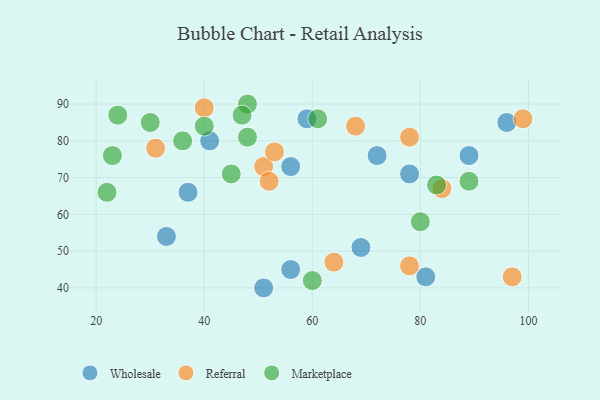
{"axis": {"x": "GDP", "y": "Life Expectancy"}, "legend": ["Marketplace", "Referral", "Wholesale"], "data": [{"x": "59", "y": 86, "type": "Wholesale"}, {"x": "56", "y": 73, "type": "Wholesale"}, {"x": "89", "y": 76, "type": "Wholesale"}, {"x": "33", "y": 54, "type": "Wholesale"}, {"x": "41", "y": 80, "type": "Wholesale"}, {"x": "69", "y": 51, "type": "Wholesale"}, {"x": "96", "y": 85, "type": "Wholesale"}, {"x": "56", "y": 45, "type": "Wholesale"}, {"x": "81", "y": 43, "type": "Wholesale"}, {"x": "78", "y": 71, "type": "Wholesale"}, {"x": "51", "y": 40, "type": "Wholesale"}, {"x": "37", "y": 66, "type": "Wholesale"}, {"x": "72", "y": 76, "type": "Wholesale"}, {"x": "64", "y": 47, "type": "Referral"}, {"x": "84", "y": 67, "type": "Referral"}, {"x": "51", "y": 73, "type": "Referral"}, {"x": "52", "y": 69, "type": "Referral"}, {"x": "78", "y": 46, "type": "Referral"}, {"x": "53", "y": 77, "type": "Referral"}, {"x": "31", "y": 78, "type": "Referral"}, {"x": "99", "y": 86, "type": "Referral"}, {"x": "40", "y": 89, "type": "Referral"}, {"x": "78", "y": 81, "type": "Referral"}, {"x": "97", "y": 43, "type": "Referral"}, {"x": "68", "y": 84, "type": "Referral"}, {"x": "48", "y": 90, "type": "Marketplace"}, {"x": "30", "y": 85, "type": "Marketplace"}, {"x": "23", "y": 76, "type": "Marketplace"}, {"x": "61", "y": 86, "type": "Marketplace"}, {"x": "40", "y": 84, "type": "Marketplace"}, {"x": "22", "y": 66, "type": "Marketplace"}, {"x": "89", "y": 69, "type": "Marketplace"}, {"x": "48", "y": 81, "type": "Marketplace"}, {"x": "45", "y": 71, "type": "Marketplace"}, {"x": "80", "y": 58, "type": "Marketplace"}, {"x": "83", "y": 68, "type": "Marketplace"}, {"x": "24", "y": 87, "type": "Marketplace"}, {"x": "36", "y": 80, "type": "Marketplace"}, {"x": "47", "y": 87, "type": "Marketplace"}, {"x": "60", "y": 42, "type": "Marketplace"}]}